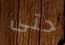
حتى